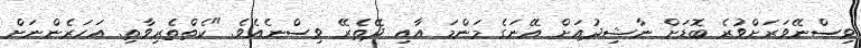
ވިސްނޭވަރަށްވުރެ ބޮޑަށް ނާޝިދުއަށް އޭނަގެ މަންމަ އާއި ދޭތެރޭ ވިސްނެއެވެ. "ކެތްތެރިވާތި. އަހަރެންނަށް